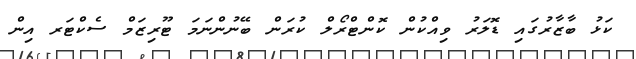
ކަޅު ބާޒާރުގައި ޑޮލަރު ވިއްކުން ކޮންޓްރޯލް ކުރަން ބޭނުންނަމަ ޓޫރިޒަމް ސެކްޓަރ އިން